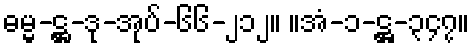
ဓမ္မ-ဋ္ဌ-ဒု-အုပ်-၆၆-၂၁၂။ ။အံ-၁-ဋ္ဌ-၃၄၇။